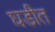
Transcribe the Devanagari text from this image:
घडीत